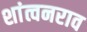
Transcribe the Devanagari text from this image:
शांत्वनराव